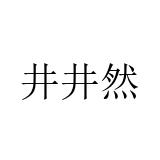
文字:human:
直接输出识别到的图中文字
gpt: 井井然